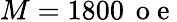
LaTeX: M=1800\, \mathrm{~o~e~}